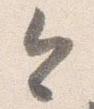
今